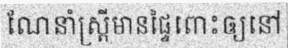
ណែនាំស្ត្រីមានផ្ទៃពោះឲ្យនៅ